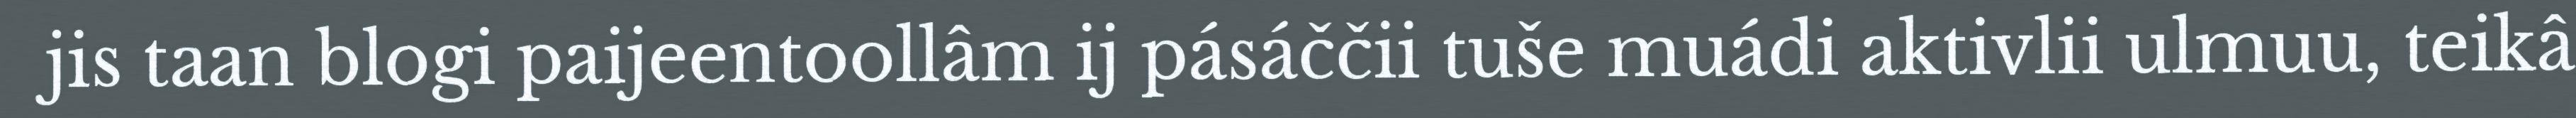
jis taan blogi paijeentoollâm ij pásáččii tuše muádi aktivlii ulmuu, teikâ